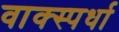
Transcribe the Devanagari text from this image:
वाक्स्पर्धा